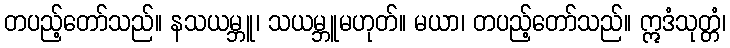
တပည့်တော်သည်။ နသယမ္ဘူ၊ သယမ္ဘူမဟုတ်။ မယာ၊ တပည့်တော်သည်။ ဣဒံသုတ္တံ၊